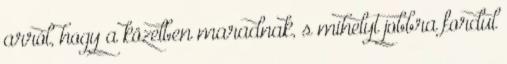
arról, hogy a közelben maradnak, s mihelyt jobbra fordul